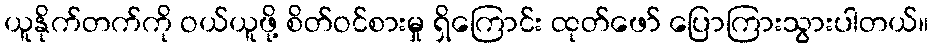
ယူနိုက်တက်ကို ဝယ်ယူဖို့ စိတ်ဝင်စားမှု ရှိကြောင်း ထုတ်ဖော် ပြောကြားသွားပါတယ်။